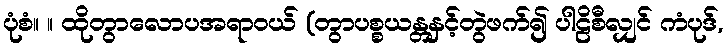
ပုံစံ။ ။ ထိုတွာလောပအရာဝယ် (တွာပစ္စယန္တနှင့်တွဲဖက်၍ ပါဠိစီလျှင် ကံပုဒ်,